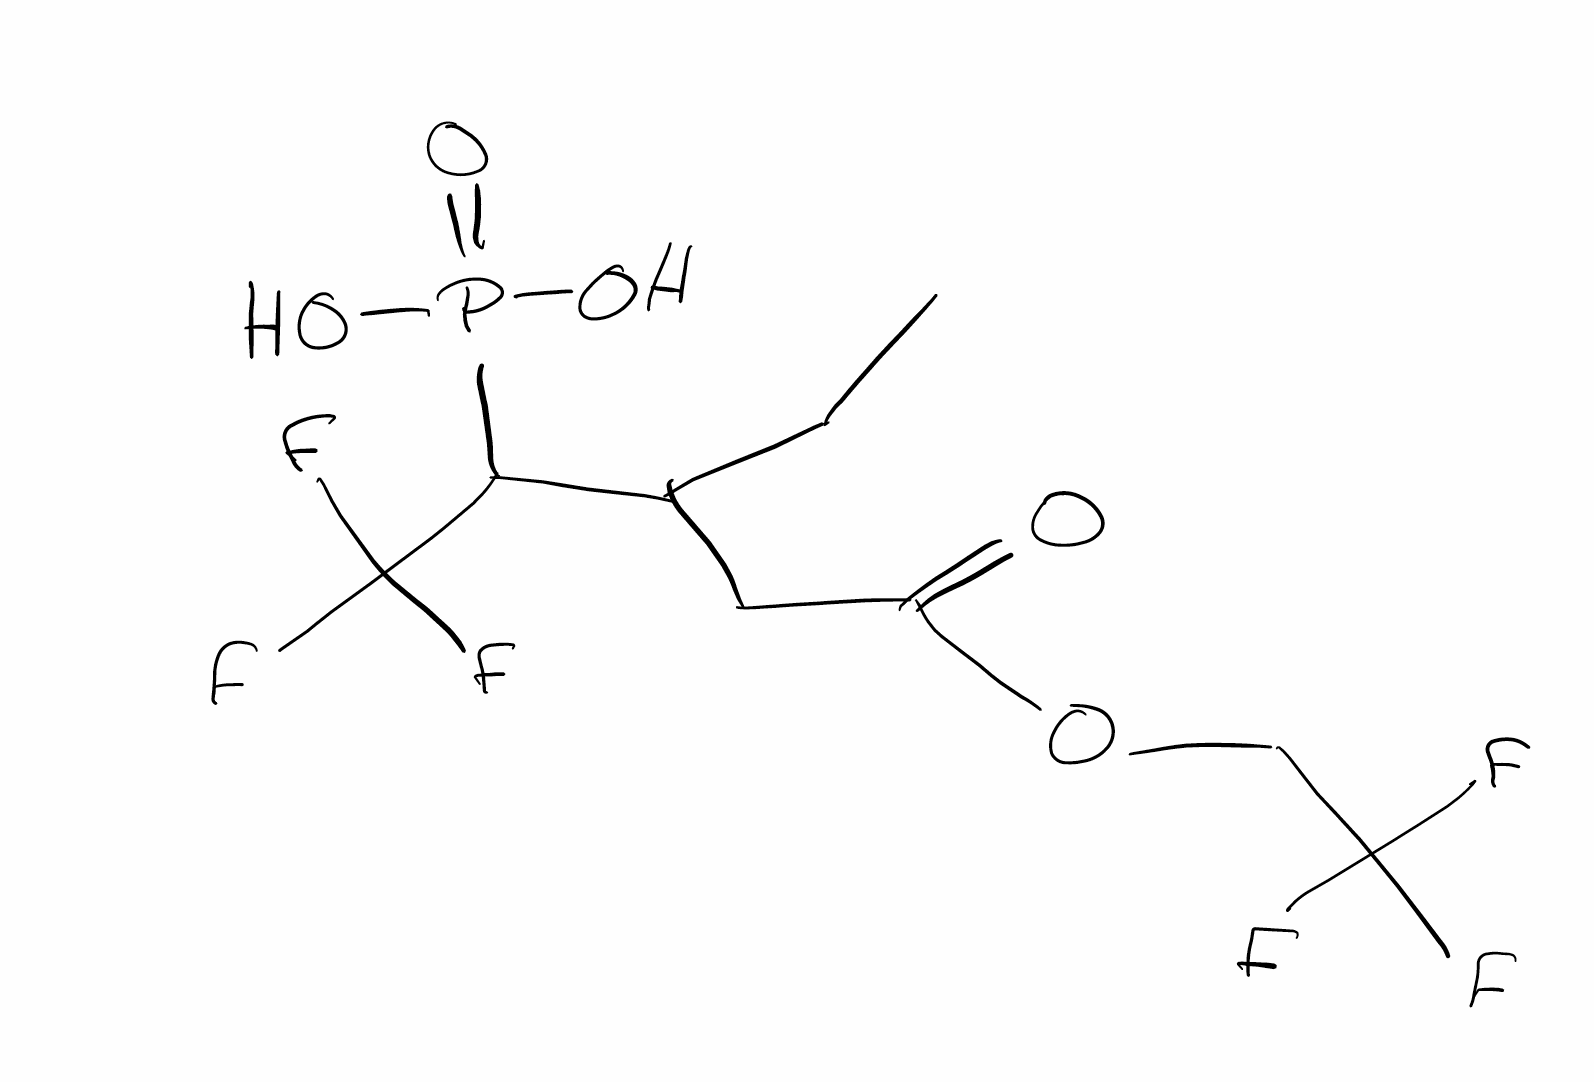
Simplified molecular-input line-entry system (SMILES) notation of the given molecule:
CCC(CC(=O)OCC(F)(F)F)(CC(F)(F)F)P(=O)(O)O